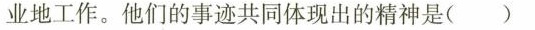
业地工作。他们的事迹共同体现出的精神是( )